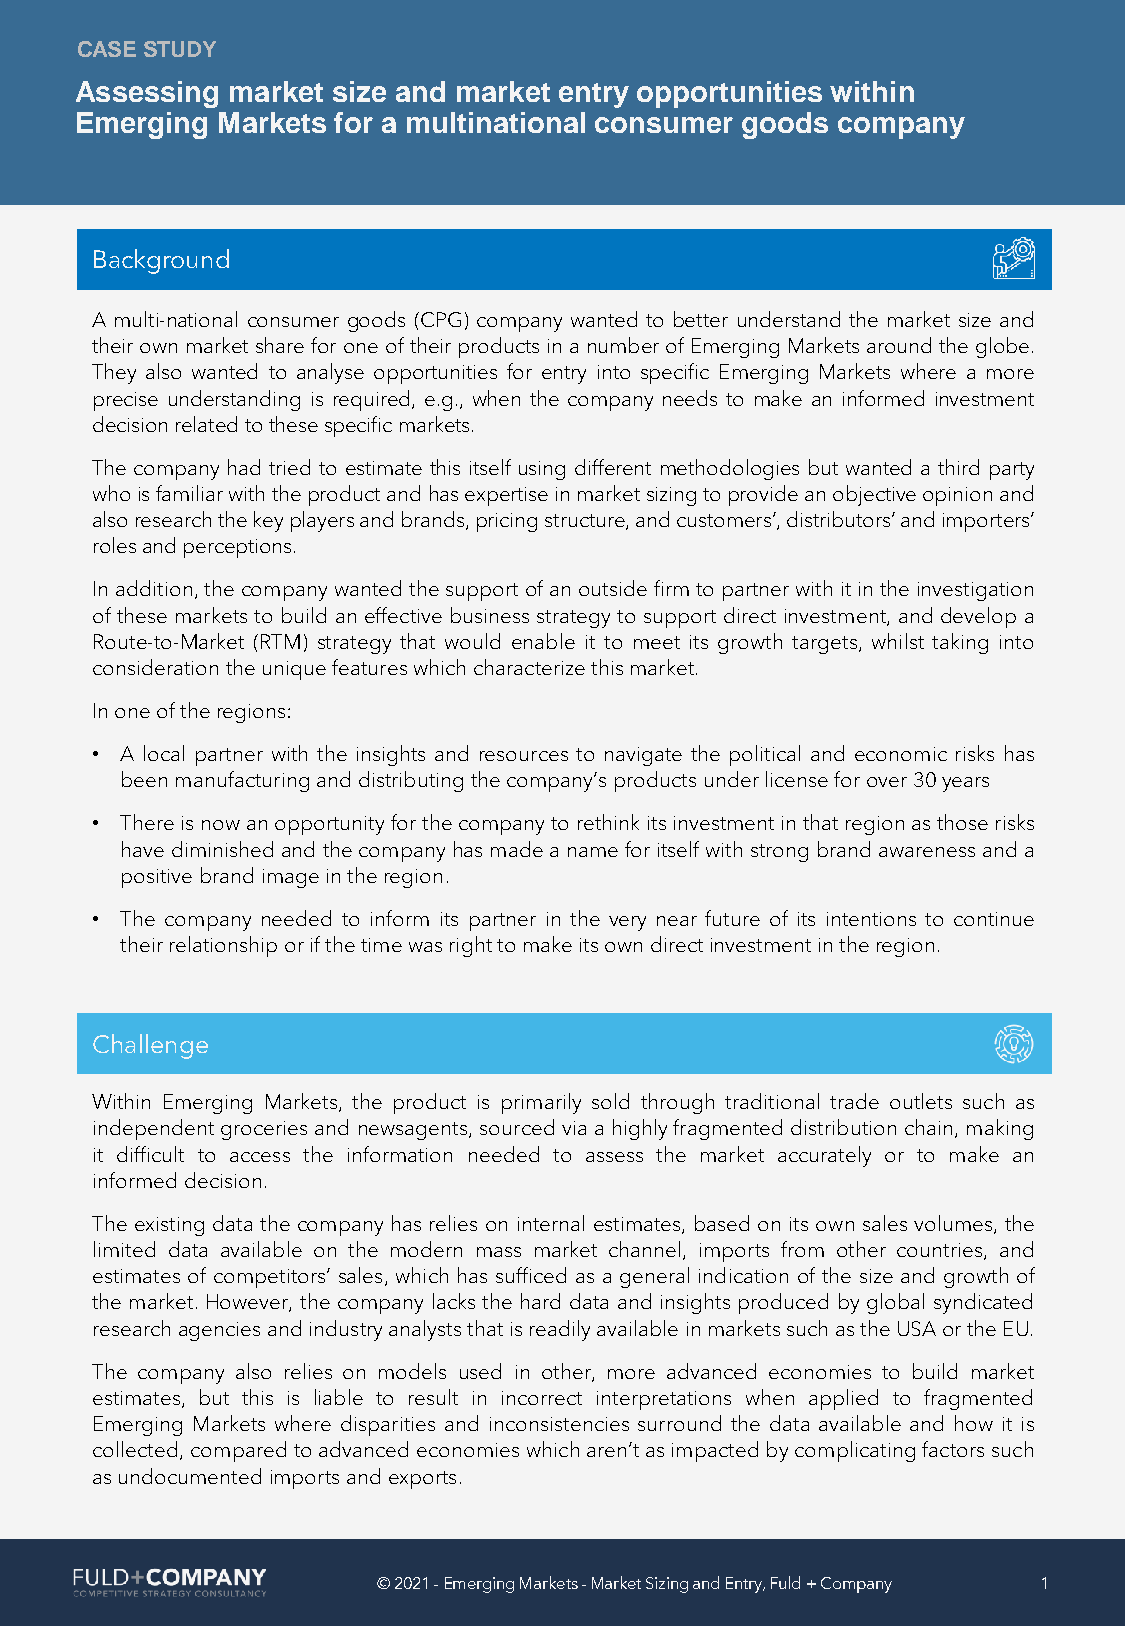
CASESTUDY
 Assessing market size and market entry opportunities within
 Emerging Markets for a multinational consumer goods company
 Background
 A multi-national consumer goods (CPG) company wanted to better understand the market size and
 theirown marketsharefor oneoftheirproductsinanumberofEmergingMarketsaroundtheglobe.
 They also wanted to analyse opportunities for entry into specific Emerging Markets where a more
 precise understanding is required, e.g., when the company needs to make an informed investment
 decisionrelatedtothesespecificmarkets.
 The company had tried to estimate this itself using different methodologies but wanted a third party
 whoisfamiliarwiththeproductandhasexpertiseinmarketsizingtoprovideanobjectiveopinionand
 alsoresearchthekeyplayersandbrands,pricingstructure,andcustomers’,distributors’andimporters’
 rolesandperceptions.
 Inaddition,thecompanywantedthesupportofanoutsidefirmtopartnerwithitintheinvestigation
 ofthesemarkets to build an effective businessstrategy to support direct investment, and developa
 Route-to-Market (RTM) strategy that would enable it to meet its growth targets, whilst taking into
 considerationtheuniquefeatureswhichcharacterizethismarket.
 Inoneoftheregions:
 • A local partner with the insights and resources to navigate the political and economic risks has
 beenmanufacturinganddistributingthecompany’s productsunderlicenseforover30years
 • Thereisnowanopportunityforthecompanytorethinkitsinvestmentinthatregionasthoserisks
 havediminishedandthecompanyhasmadeanameforitselfwithstrongbrandawarenessanda
 positivebrandimageintheregion.
 • The company needed to inform its partner in the very near future of its intentions to continue
 theirrelationshiporifthetimewasrighttomakeitsowndirectinvestmentintheregion.
 Challenge
 Within Emerging Markets, the product is primarily sold through traditional trade outlets such as
 independentgroceriesandnewsagents,sourcedviaahighlyfragmenteddistributionchain,making
 it difficult to access the information needed to assess the market accurately or to make an
 informeddecision.
 Theexistingdata thecompany has relieson internal estimates, based on itsown sales volumes, the
 limited data available on the modern mass market channel, imports from other countries, and
 estimates of competitors’ sales, which has sufficed as a general indication of the size and growth of
 themarket.However, thecompany lacks thehard data and insightsproduced byglobalsyndicated
 researchagenciesandindustryanalyststhatisreadilyavailableinmarketssuchastheUSAortheEU.
 The company also relies on models used in other, more advanced economies to build market
 estimates, but this is liable to result in incorrect interpretations when applied to fragmented
 Emerging Markets where disparities and inconsistencies surround the data available and how it is
 collected,comparedtoadvancedeconomieswhicharen’tasimpactedbycomplicatingfactorssuch
 asundocumentedimportsandexports.
 ©2021-Emerging Markets -Market Sizing and Entry,Fuld+Company 1